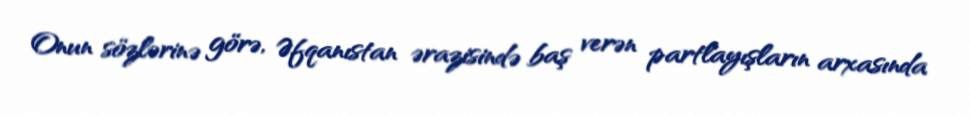
Onun sözlərinə görə, Əfqanıstan ərazisində baş verən partlayışların arxasında